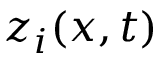
z _ { i } ( x , t )